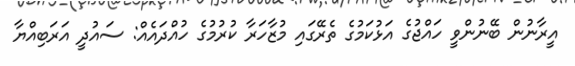
އީރާނުން ބޭނުންވީ ހައްޖުގެ އަޅުކަމުގެ ތެރޭގައި މުޒާހަރާ ކުރުމުގެ ހުއްދައެއް: ސައުދީ އަރަބިއްޔާ